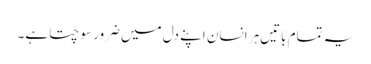
یہ تمام باتیں‌ہر انسان اپنے دل میں‌ضرور سوچتا ہے۔